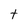
Character: t